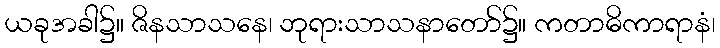
ယခုအခါ၌။ ဇိနသာသနေ၊ ဘုရားသာသနာတော်၌။ ကတာဓိကာရာနံ၊